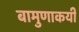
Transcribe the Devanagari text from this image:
बामुणाकयी